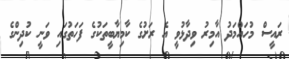
ރައީސް މުހައްމަދު އާމިރު ވިދާޅުވީ އެ ރަށުގެ ކާމިޔާބީތަކުގެ ފަަހަތުގައި ވަނީ ކުދިންގެ